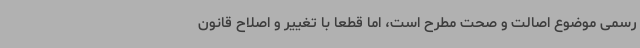
رسمی موضوع اصالت و صحت مطرح است، اما قطعا با تغییر و اصلاح قانون